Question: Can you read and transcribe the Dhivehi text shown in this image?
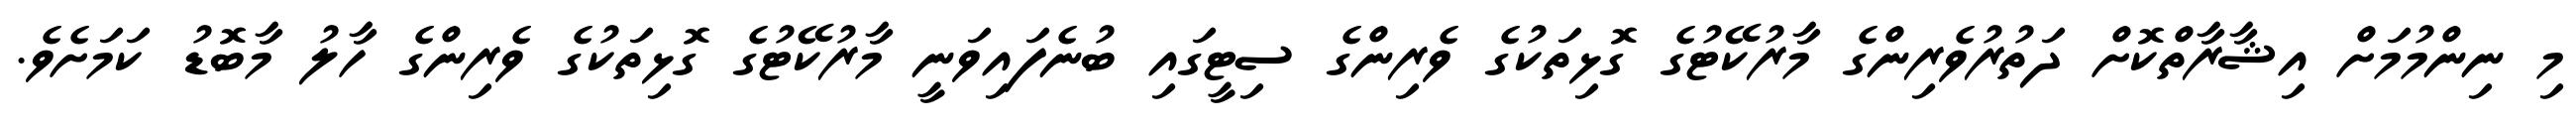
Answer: މި ނިންމުމަށް އިޝާރާތްކޮށް ދަތުރުވެރިންގެ މާރުކޭޓުގެ ގޮޅިތަކުގެ ވެރިންގެ ސިޓީގައި ބުނެފައިވަނީ މާރުކޭޓުގެ ގޮޅިތަކުގެ ވެރިންގެ ހާލު މާބޮޑު ކަމަށެވެ.